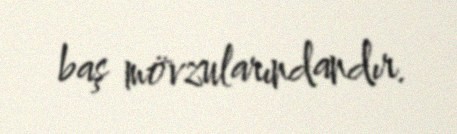
baş mövzularındandır.